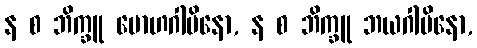
န စ ဘိက္ခူ မောဟဂါမိနော, န စ ဘိက္ခူ ဘယဂါမိနော,